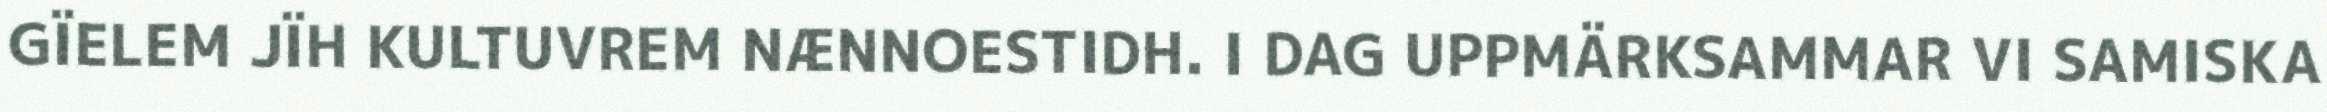
GÏELEM JÏH KULTUVREM NÆNNOESTIDH. I DAG UPPMÄRKSAMMAR VI SAMISKA